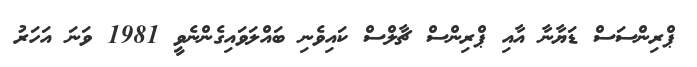
ޕްރިންސަސް ޑަޔާނާ އާއި ޕްރިންސް ޗާލްސް ކައިވެނި ބައްލަވައިގެންނެވީ 1981 ވަނަ އަހަރު